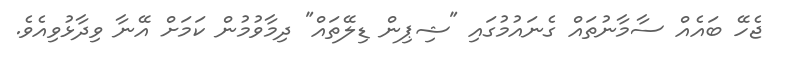
ޖެހޭ ބައެއް ސާމާނުތައް ގެނައުމުގައި "ޝިޕިން ޑިލޭތައް" ދިމާވުމުން ކަމަށް އޭނާ ވިދާޅުވިއެވެ.